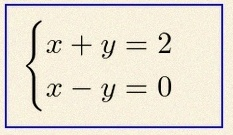
\begin{cases}x+y=2\\x-y=0\end{cases}